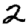
Digit: 2